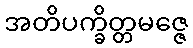
အတိပက္ခိတ္တမဇ္ဇေ